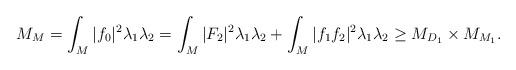
LaTeX: \begin{align*} M_M=\int_M|f_0|^2\lambda_1\lambda_2=\int_M|F_2|^2\lambda_1\lambda_2+\int_M|f_1f_2|^2\lambda_1\lambda_2\ge M_{ D_1}\times M_{M_1}. \end{align*}